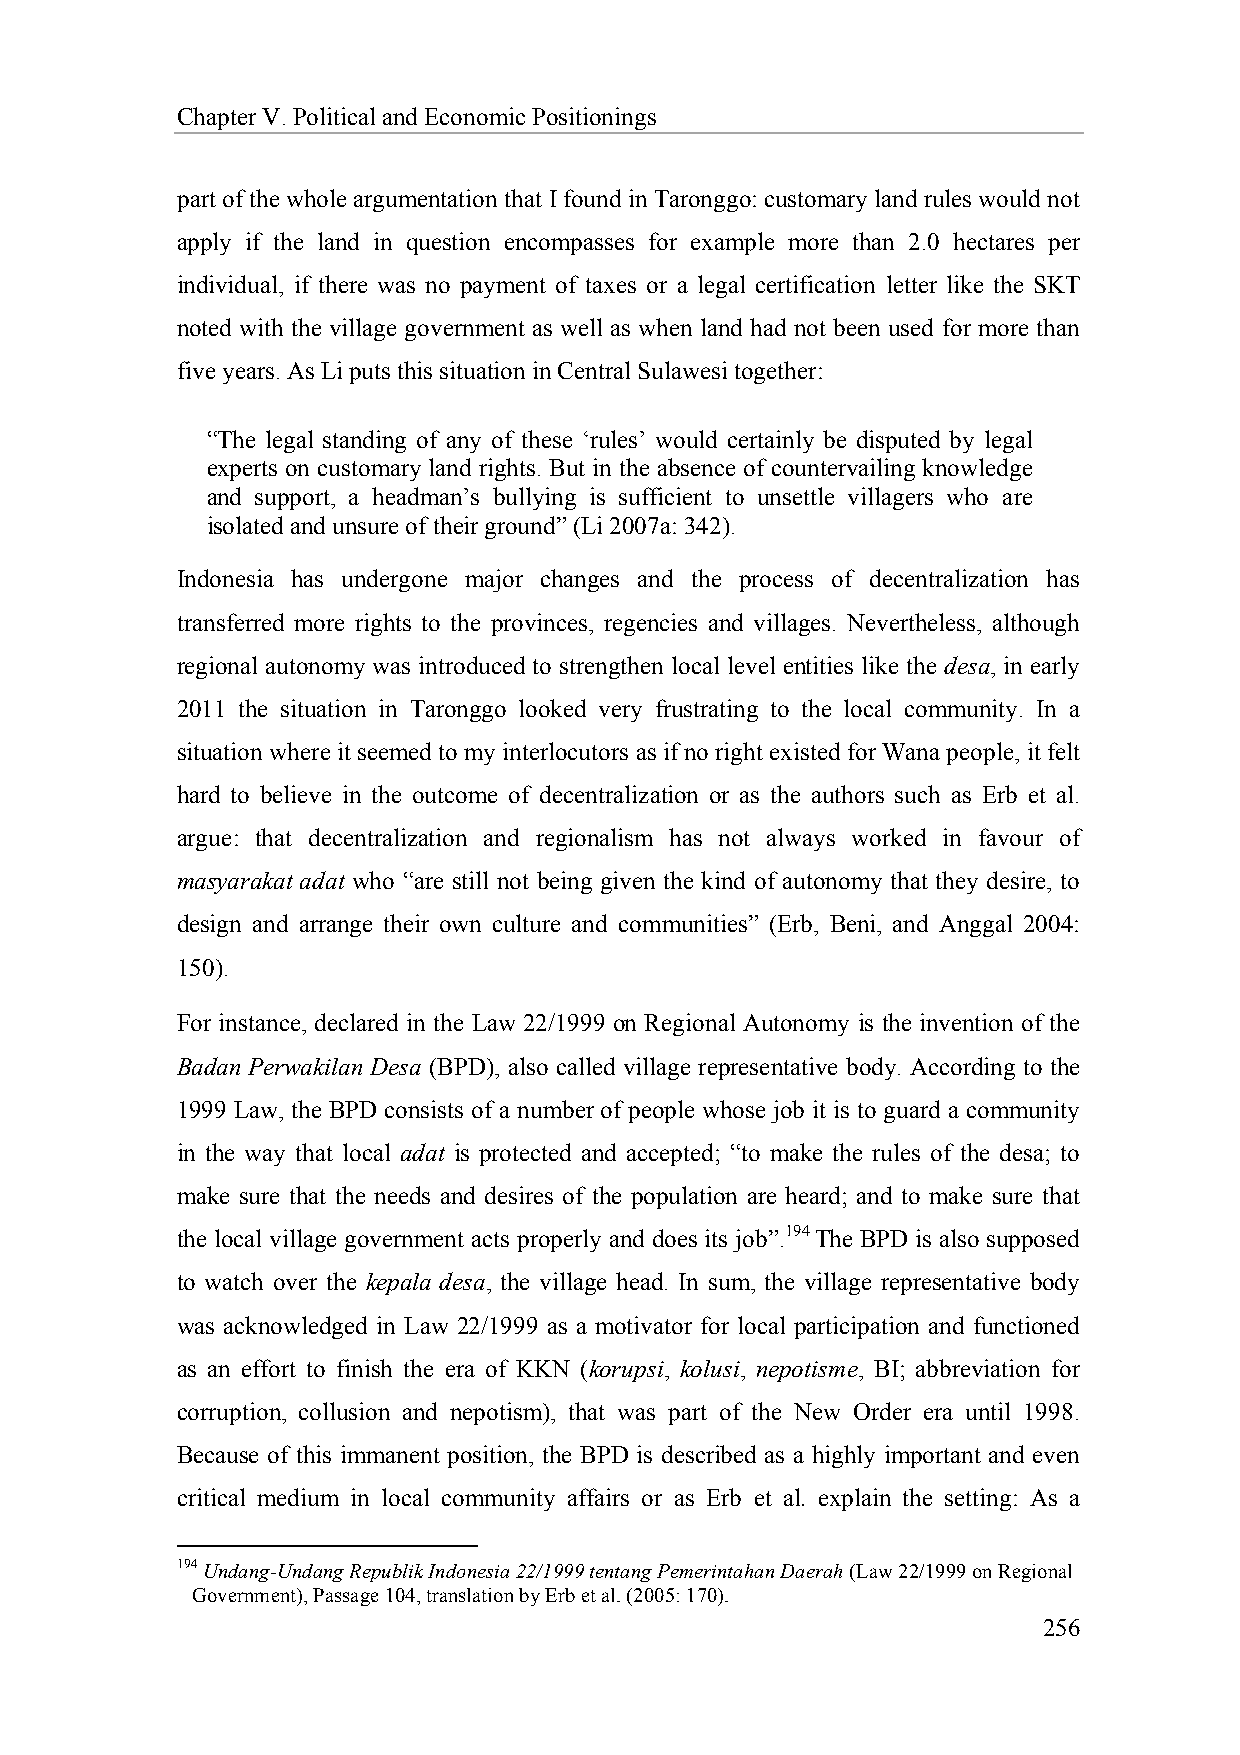
Chapter V. Political and Economic Positionings
 part of the whole argumentation that I found in Taronggo: customary land rules would not
 apply if the land in question encompasses for example more than 2.0 hectares per
 individual, if there was no payment of taxes or a legal certification letter like the SKT
 noted with the village government as well as when land had not been used for more than
 five years. As Li puts this situation in Central Sulawesi together:
 “The legal standing of any of these ‘rules’ would certainly be disputed by legal
 experts on customary land rights. But in the absence of countervailing knowledge
 and support, a headman’s bullying is sufficient to unsettle villagers who are
 isolated and unsure of their ground” (Li 2007a: 342).
 Indonesia has undergone major changes and the process of decentralization has
 transferred more rights to the provinces, regencies and villages. Nevertheless, although
 regional autonomy was introduced to strengthen local level entities like the desa, in early
 2011 the situation in Taronggo looked very frustrating to the local community. In a
 situation where it seemed to my interlocutors as if no right existed for Wana people, it felt
 hard to believe in the outcome of decentralization or as the authors such as Erb et al.
 argue: that decentralization and regionalism has not always worked in favour of
 masyarakat adat who “are still not being given the kind of autonomy that they desire, to
 design and arrange their own culture and communities” (Erb, Beni, and Anggal 2004:
 150).
 For instance, declared in the Law 22/1999 on Regional Autonomy is the invention of the
 Badan Perwakilan Desa (BPD), also called village representative body. According to the
 1999 Law, the BPD consists of a number of people whose job it is to guard a community
 in the way that local adat is protected and accepted; “to make the rules of the desa; to
 make sure that the needs and desires of the population are heard; and to make sure that
 the local village government acts properly and does its job”.194 The BPD is also supposed
 to watch over the kepala desa, the village head. In sum, the village representative body
 was acknowledged in Law 22/1999 as a motivator for local participation and functioned
 as an effort to finish the era of KKN (korupsi, kolusi, nepotisme, BI; abbreviation for
 corruption, collusion and nepotism), that was part of the New Order era until 1998.
 Because of this immanent position, the BPD is described as a highly important and even
 critical medium in local community affairs or as Erb et al. explain the setting: As a
 194 Undang-Undang Republik Indonesia 22/1999 tentang Pemerintahan Daerah (Law 22/1999 on Regional
 Government), Passage 104, translation by Erb et al. (2005: 170).
 256